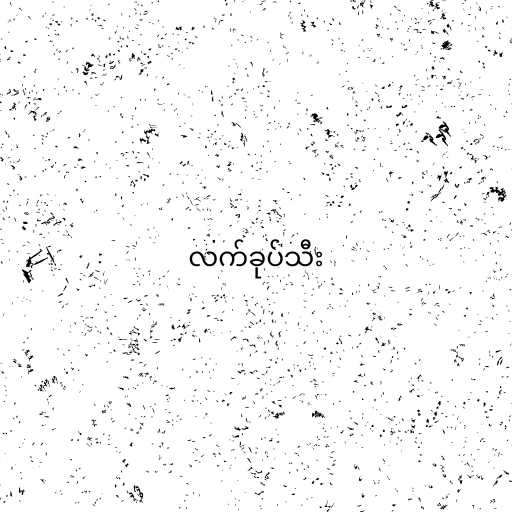
လက်ခုပ်သီး